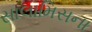
સાલામિસના